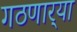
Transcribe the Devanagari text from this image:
गठणार्‍या